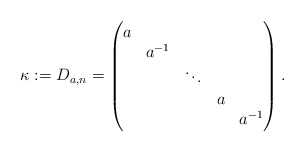
\begin{align*}\kappa := D_{a,n} = \begin{pmatrix}a \\& a^{-1}\\&&\ddots \\&&& a \\&&&& a^{-1}\end{pmatrix}.\end{align*}